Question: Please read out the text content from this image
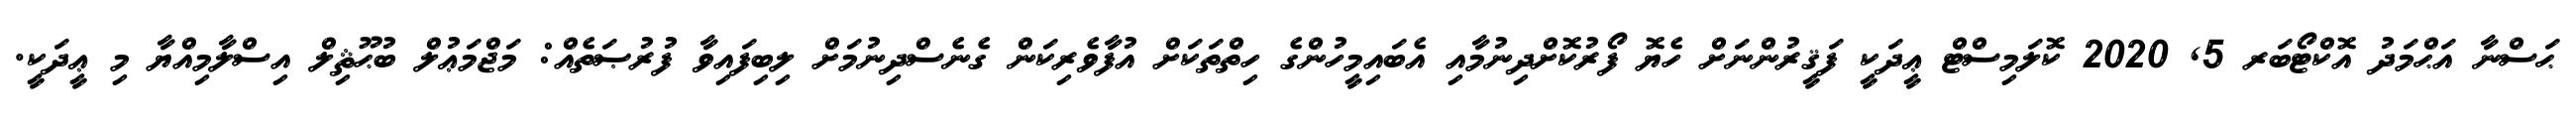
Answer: ޙަސްނާ އަޙްމަދު އޮކްޓޯބަރ 5, 2020 ކޮލަމިސްޓް ޢީދަކީ ފަޤީރުންނަށް ހެޔޮ ފޯރުކޮށްދިނުމާއި އެބައިމީހުންގެ ހިތްތަކަށް އުފާވެރިކަން ގެނެސްދިނުމަށް ލިބިފައިވާ ފުރުޞަތެއް: މަޖްމަޢުލް ބުޙޫޘިލް އިސްލާމިއްޔާ މި ޢީދަކީ.